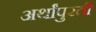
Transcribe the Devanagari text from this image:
अर्थांपुरती